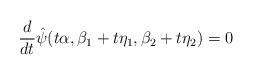
LaTeX: \begin{align*}\frac{d}{dt}\hat\psi(t\alpha,\beta_1+t\eta_1,\beta_2+t\eta_2) =0\end{align*}